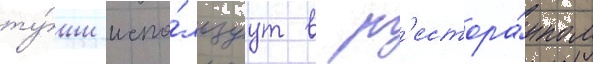
ту́ши испо́льзуут в р'естора́нном